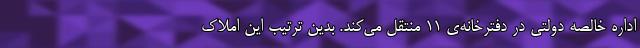
اداره خالصه دولتی در دفترخانه‌ی ۱۱ منتقل می‌کند. بدین ترتیب این املاک